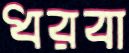
ধরবা